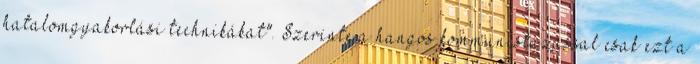
hatalomgyakorlási technikákat". Szerinte a hangos kommunistázással csak ezt a